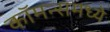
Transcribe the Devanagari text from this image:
कॉमन्समध्ये